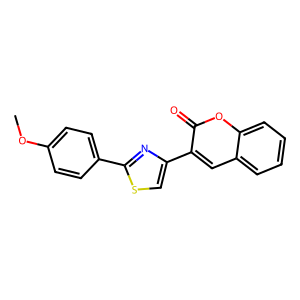
SMILES: COc1ccc(-c2nc(-c3cc4ccccc4oc3=O)cs2)cc1
Inhibits HIV replication: No